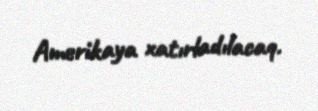
Amerikaya xatırladılacaq.